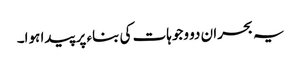
یہ بحران دو وجوہات کی بناء پر پیدا ہوا۔